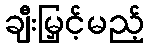
ချီးမြှင့်မည့်